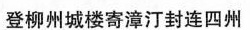
登柳州城楼寄漳汀封连四州